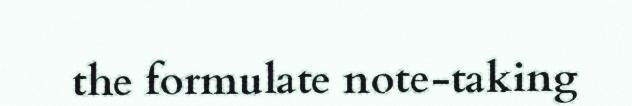
the formulate note-taking